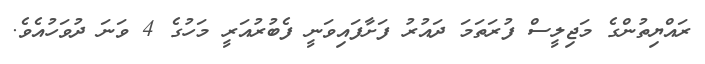
ރައްޔިތުންގެ މަޖިލީސް ފުރަތަމަ ދައުރު ފަށާފައިވަނީ ފެބުރުއަރީ މަހުގެ 4 ވަނަ ދުވަހުއެވެ.